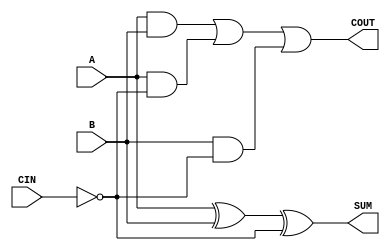
module sky130_fd_sc_ls__fahcin (
    COUT,
    SUM ,
    A   ,
    B   ,
    CIN
);

    // Module ports
    output COUT;
    output SUM ;
    input  A   ;
    input  B   ;
    input  CIN ;

    // Module supplies
    supply1 VPWR;
    supply0 VGND;
    supply1 VPB ;
    supply0 VNB ;

    // Local signals
    wire ci          ;
    wire xor0_out_SUM;
    wire a_b         ;
    wire a_ci        ;
    wire b_ci        ;
    wire or0_out_COUT;

    //  Name  Output        Other arguments
    not not0 (ci          , CIN            );
    xor xor0 (xor0_out_SUM, A, B, ci       );
    buf buf0 (SUM         , xor0_out_SUM   );
    and and0 (a_b         , A, B           );
    and and1 (a_ci        , A, ci          );
    and and2 (b_ci        , B, ci          );
    or  or0  (or0_out_COUT, a_b, a_ci, b_ci);
    buf buf1 (COUT        , or0_out_COUT   );

endmodule